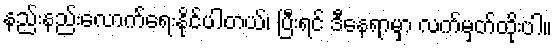
နည်းနည်းလောက်ရေးနိုင်ပါတယ်၊ ပြီးရင် ဒီနေရာမှာ လက်မှတ်ထိုးပါ။